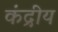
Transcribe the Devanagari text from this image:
कंद्रीय